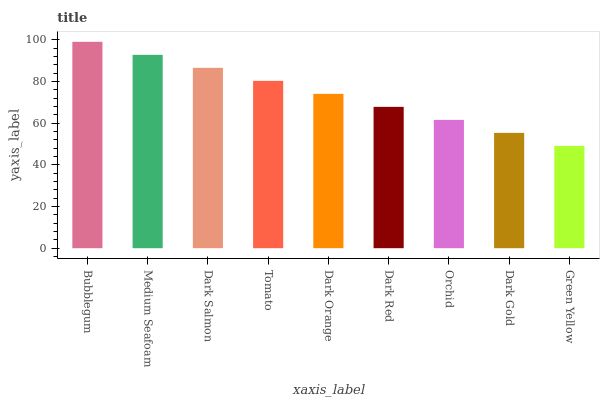
| xaxis_label | bars |
 | --- | --- |
 | Bubblegum | 99 |
 | Medium Seafoam | 92.8 |
 | Dark Salmon | 86.5 |
 | Tomato | 80.3 |
 | Dark Orange | 74 |
 | Dark Red | 67.8 |
 | Orchid | 61.6 |
 | Dark Gold | 55.3 |
 | Green Yellow | 49.1 |